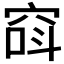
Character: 𥦖